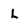
Character: L